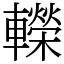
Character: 𨏍